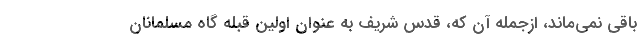
باقی نمی‌ماند، ازجمله آن که، قدس شریف به عنوان اولین قبله گاه مسلمانان